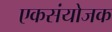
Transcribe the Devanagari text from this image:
एकसंयोजक